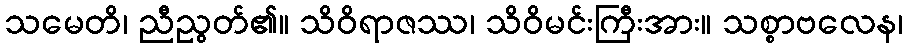
သမေတိ၊ ညီညွတ်၏။ သိဝိရာဇဿ၊ သိဝိမင်းကြီးအား။ သစ္စာဗလေန၊